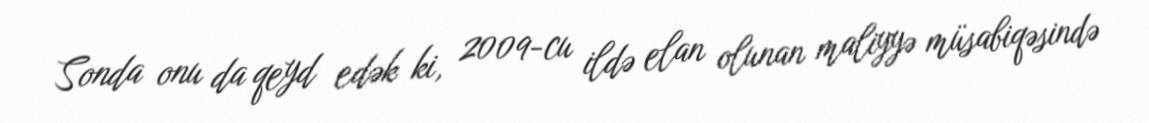
Sonda onu da qeyd edək ki, 2009-cu ildə elan olunan maliyyə müsabiqəsində